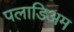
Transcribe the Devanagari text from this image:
पलाडिअम